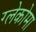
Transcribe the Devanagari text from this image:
ग्लेकोमा